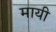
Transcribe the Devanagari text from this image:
मायी